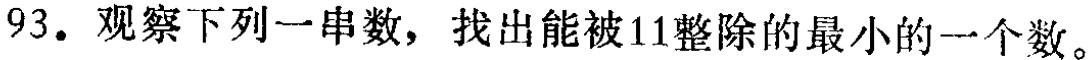
93. 观察下列一串数，找出能被11整除的最小的一个数。